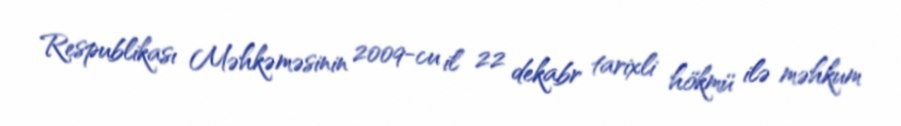
Respublikası Məhkəməsinin 2009-cu il 22 dekabr tarixli hökmü ilə məhkum